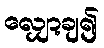
လျှော့ချ၍